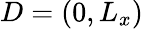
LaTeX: D=(0,L_{x})